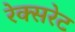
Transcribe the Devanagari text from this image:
रेक्सरेट